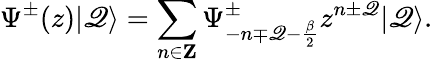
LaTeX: \Psi^{\pm}(z)|\mathscr{Q}\rangle=\sum_{n\in{\mathbf{Z}}}\Psi_{-n\mp\mathscr{Q}-{\frac{{\beta}}{{2}}}}^{\pm}z^{n\pm\mathscr{Q}}|\mathscr{Q}\rangle.